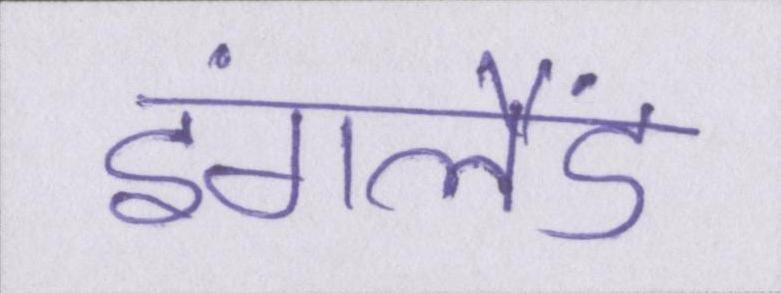
इंगलैंड